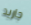
جاريد